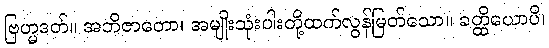
ဗြဟ္မဒတ်။ အဘိဇာတော၊ အမျိုးသုံးပါးတို့ထက်လွန်မြတ်သော။ ခတ္ထိယောပိ၊